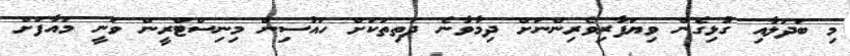
މި ބަދަލާއި ގުޅިގެން ވިޔަފާރިވެރިންނަށް ދިމާވާނެ ދަތިތަކަށް ހައުސިން މިނިސްޓްރީން ވަނީ މައާފަށް